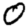
Digit: 0